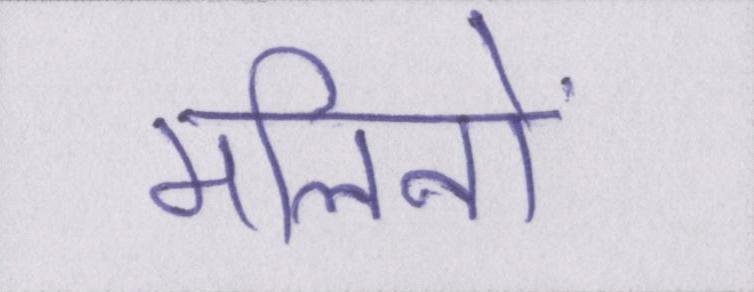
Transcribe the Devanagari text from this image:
मलिनों